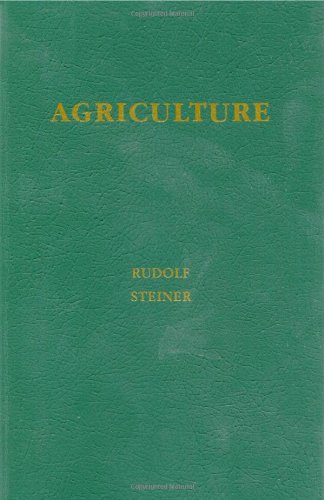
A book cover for Agriculture: A Course of Lectures Held at Koberwitz, Silesia, June 7 to June 16, 1924; Rudolf Steiner; Science & Math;